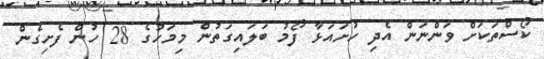
ކޯސްތަކަށް ވަންނަން އެދި ހުށައަޅާ ފޯމު ބަލައިގަތުން މިމަހުގެ 28 ހުން ފެށިގެން